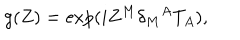
g ( Z ) = \exp ( i Z ^ { M } \delta _ { M } { } ^ { A } T _ { A } ) ,